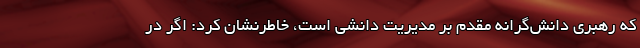
که رهبری دانش‌گرانه مقدم بر مدیریت دانشی است، خاطرنشان کرد: اگر در